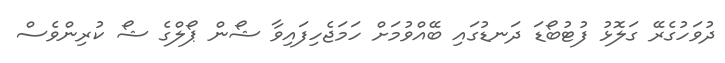
ދުވަހުގެރޭ ގަލޮޅު ފުޓުބޯޑަ ދަނޑުގައި ބޭއްވުމަށް ހަމަޖެހިފައިވާ ޝޯން ޕޯލްގެ ޝޯ ކުރިންވެސް